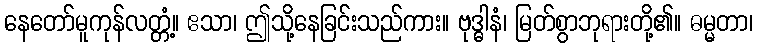
နေတော်မူကုန်လတ္တံ့။ ဧသာ၊ ဤသို့နေခြင်းသည်ကား။ ဗုဒ္ဓါနံ၊ မြတ်စွာဘုရားတို့၏။ ဓမ္မတာ၊